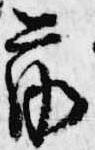
前